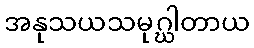
အနုသယသမုဂ္ဃါတာယ